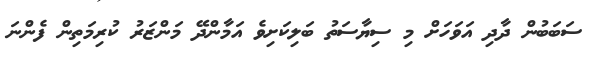
ސަބަބުން ދާދި އަވަހަށް މި ސިޔާސަތު ބަލިކަށިވެ އަމާންދޭ މަންޒަރު ކުރިމަތިން ފެންނަ